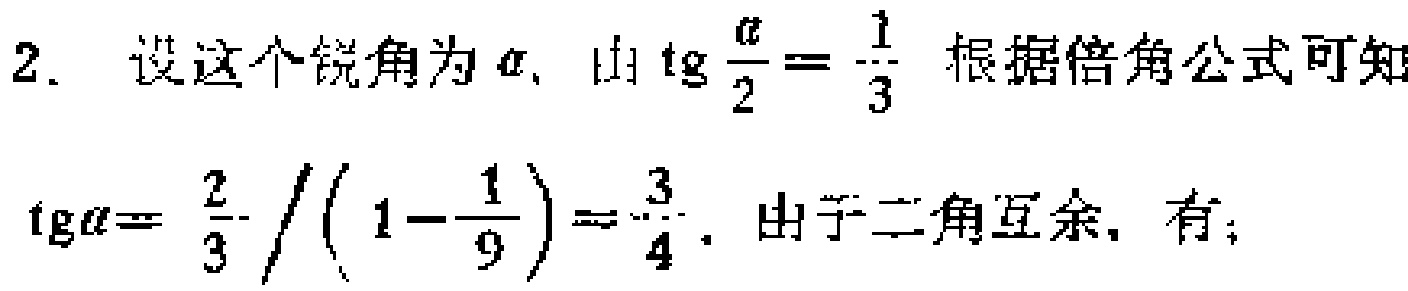
2. 设这个锐角为\(\alpha\)，由\(\mathrm{tg}\frac{\alpha}{2}=\frac{1}{3}\)根据倍角公式可知
\(\mathrm{tg}\alpha = \frac{\frac{2}{3}}{(1 - \frac{1}{9})}=\frac{3}{4}\)，由于二角互余，有；